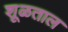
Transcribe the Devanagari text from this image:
शूळताल